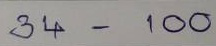
34 -100